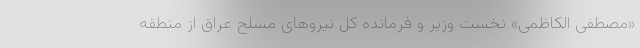
«مصطفی الکاظمی» نخست وزیر و فرمانده کل نیروهای مسلح عراق از منطقه